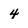
Character: 4